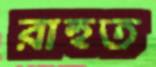
রাহুত